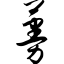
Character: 蔓